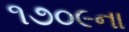
૧૭૦૯ના